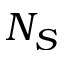
N _ { S }